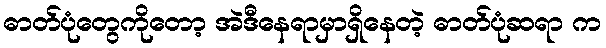
ဓာတ်ပုံတွေကိုတော့ အဲဒီနေရာမှာရှိနေတဲ့ ဓာတ်ပုံဆရာ က